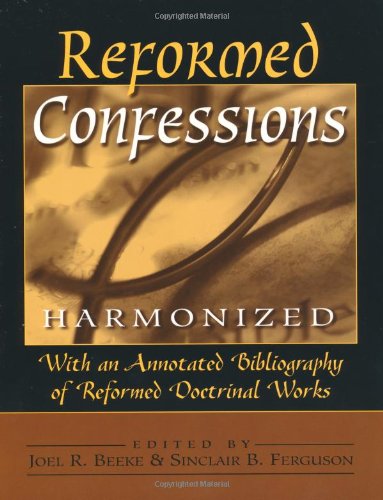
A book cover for Reformed Confessions Harmonized; Christian Books & Bibles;